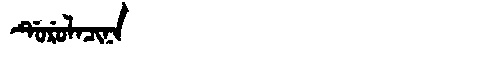
Manchu: ᡩᡠᡵᡠᠯᠠᠴᡳᠨᠠ
Romanization: DURULACINA